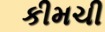
કીમચી